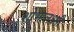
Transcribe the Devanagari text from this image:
शोभालक्ष्मी